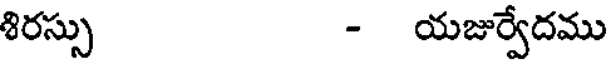
శిరస్సు - యజుర్వేదము